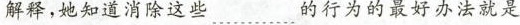
解释，她知道消除这些……的行为的最好办法就是